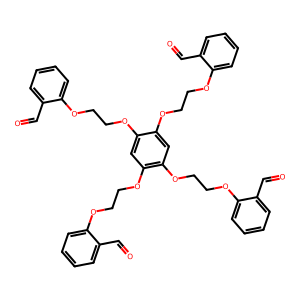
SMILES: O=Cc1ccccc1OCCOc1cc(OCCOc2ccccc2C=O)c(OCCOc2ccccc2C=O)cc1OCCOc1ccccc1C=O
Inhibits HIV replication: No